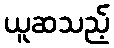
ယူဆသည့်